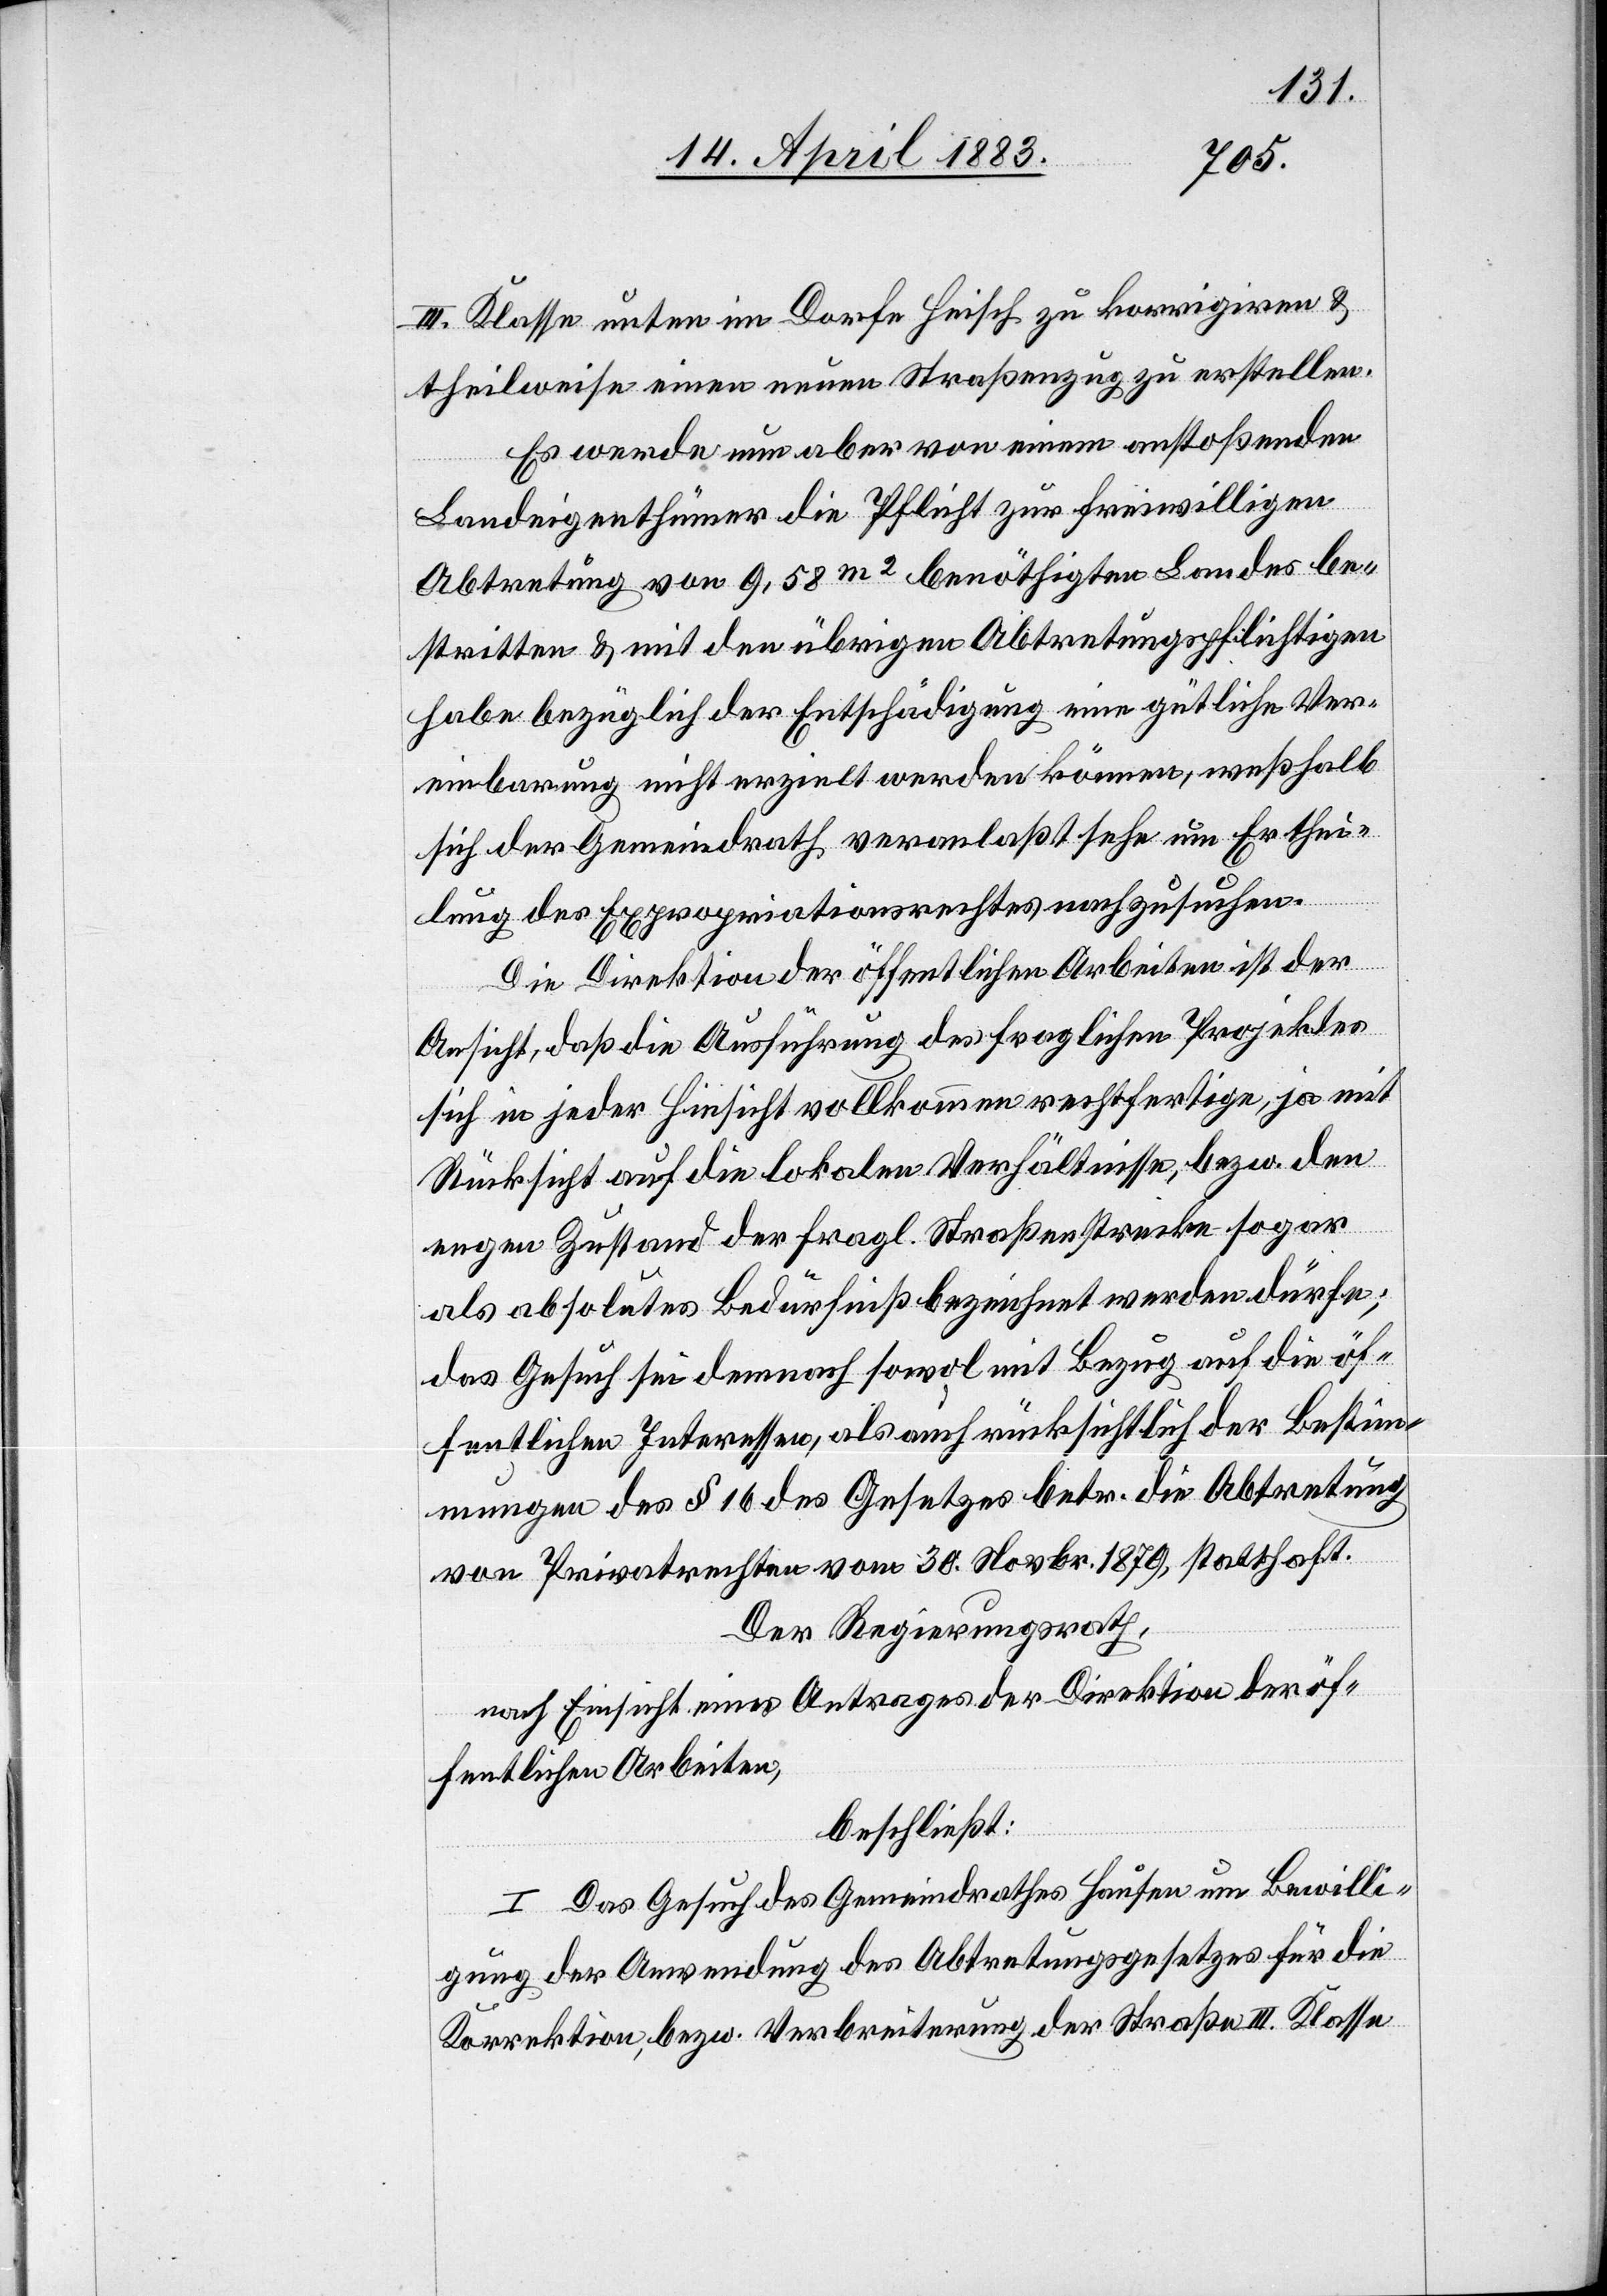
III. Klasse unten im Dorfe Heisch zu korrigiren &
theilweise einen neuen Straßenzug zu erstellen.
Es werde nun aber von einem anstoßenden
Landeigenthümer die Pflicht zur freiwilligen
Abtretung von 9,58m2 benöthigten Landes be¬
stritten & mit den übrigen Abtretungspflichtigen
habe bezüglich der Entschädigung eine gütliche Ver¬
einbarung nicht erzielt werden können, weßhalb
sich der Gemeindrath veranlaßt sehe um Erthei¬
lung des Expropriationsrechtes nachzusuchen.
Die Direktion der öffentlichen Arbeiten ist der
Ansicht, daß die Ausführung des fraglichen Projektes
sich in jeder Hinsicht vollkommen rechtfertige, ja mit
Rücksicht auf die lokalen Verhältnisse, bezw. den
engen Zustand der fragl. Straßenstrecke sogar
als absolutes Bedürfniß bezeichnet werden dürfe;
das Gesuch sei dennoch sowol mit Bezug auf die öf¬
fentlichen Interessen, als auch rücksichtlich der Bestim¬
mungen des § 16 des Gesetzes betr. die Abtretung
von Privatrechten vom 30. Novbr. 1879, statthaft.
Der Regierungsrath,
nach Einsicht eines Antrages der Direktion der öf¬
fentlichen Arbeiten,
beschließt:
I. Das Gesuch des Gemeindrathes Hausen um Bewilli¬
gung der Anwendung des Abtretungsgesetzes für die
Korrektion, bezw. Verbreiterung der Straße III. Klasse